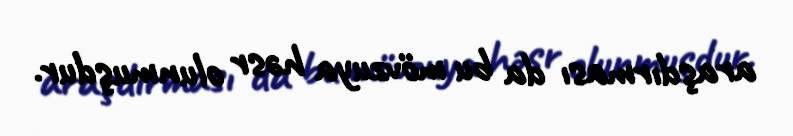
araşdırması da bu mövzuya həsr olunmuşdur.